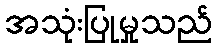
အသုံးပြုမှုသည်